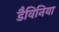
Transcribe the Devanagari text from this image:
डैविनिया